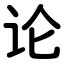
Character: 论